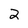
Character: 2